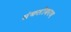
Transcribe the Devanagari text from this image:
संकलीकरण